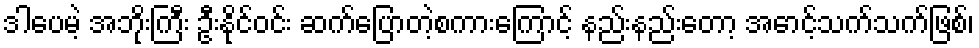
ဒါပေမဲ့ အဘိုးကြီး ဦးနိုင်ဝင်း ဆက်ပြောတဲ့စကားကြောင့် နည်းနည်းတော့ အောင့်သက်သက်ဖြစ်၊